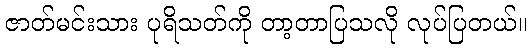
ဇာတ်မင်းသား ပုရိသတ်ကို တာ့တာပြသလို လုပ်ပြတယ်။